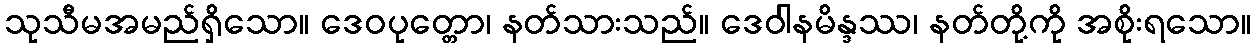
သုသီမအမည်ရှိသော။ ဒေဝပုတ္တော၊ နတ်သားသည်။ ဒေဝါနမိန္ဒဿ၊ နတ်တို့ကို အစိုးရသော။